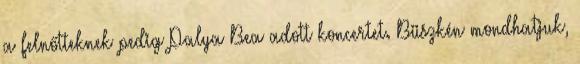
a felnőtteknek pedig Palya Bea adott koncertet. Büszkén mondhatjuk,